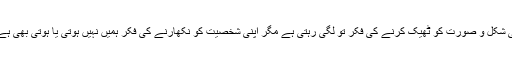
کتنی حیرت کی بات ہے کہ ہمیں اپنی شکل و صورت کو ٹھیک کرنے کی فکر تو لگی رہتی ہے مگر اپنی شخصیت کو نکھارنے کی فکر ہمیں نہیں ہوتی یا ہوتی بھی ہے تو اس کے لیے ہم کچھ نہیں کرتے۔